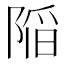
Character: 𨺻